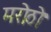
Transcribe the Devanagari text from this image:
मरोठो